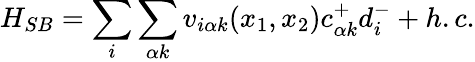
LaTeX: H_{SB}=\sum_{i}\sum_{\alpha k}v_{i\alpha k}(x_{1},x_{2})c_{\alpha k}^{+}d_{i}^{-}+h.c.